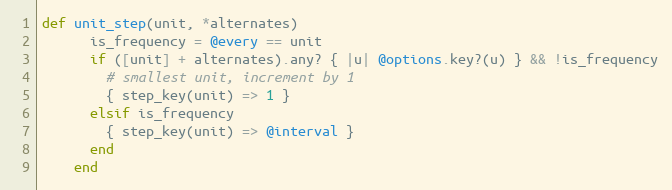
Language: Ruby
def unit_step(unit, *alternates)
      is_frequency = @every == unit
      if ([unit] + alternates).any? { |u| @options.key?(u) } && !is_frequency
        # smallest unit, increment by 1
        { step_key(unit) => 1 }
      elsif is_frequency
        { step_key(unit) => @interval }
      end
    end